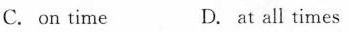
C. on time D. at all times